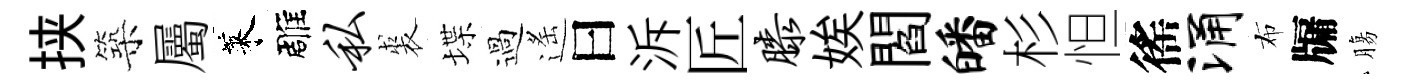
挟築屬萊雕私裘堞過遙曰泝匠膝娭閻皤杉怛徭涌布牖膓